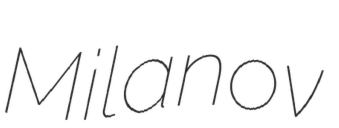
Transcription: Milanov